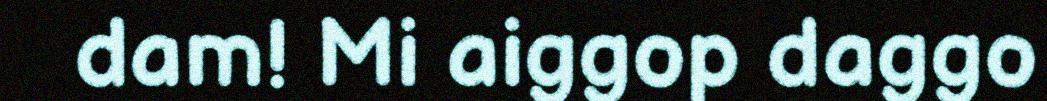
dam! Mi aiggop daggo